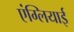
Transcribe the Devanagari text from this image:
एंग्लियाई